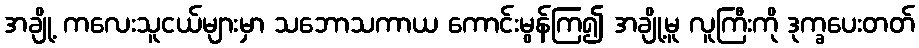
အချို့ ကလေးသူငယ်များမှာ သဘောသကာယ ကောင်းမွန်ကြ၍ အချို့မူ လူကြီးကို ဒုက္ခပေးတတ်